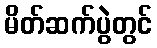
မိတ်ဆက်ပွဲတွင်